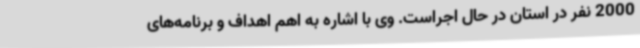
2000 نفر در استان در حال اجراست. وی با اشاره به اهم اهداف و برنامه‌های